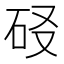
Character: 𰦬